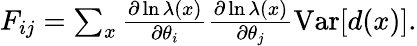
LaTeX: \begin{array}{r}{F_{ij}=\sum_{x}\frac{\partial\ln\lambda(x)}{\partial\theta_{i}}\frac{\partial\ln\lambda(x)}{\partial\theta_{j}}\mathrm{Var}[d(x)].}\end{array}